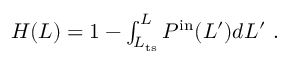
\begin{array} { r } { H ( L ) = 1 - \int _ { L _ { \mathrm { t s } } } ^ { L } P ^ { \mathrm { i n } } ( L ^ { \prime } ) d L ^ { \prime } \ . } \end{array}